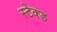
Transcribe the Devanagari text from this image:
स्टेक्ड